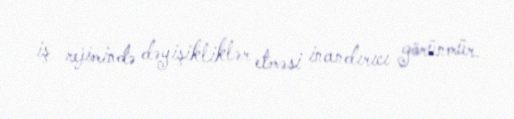
iş rejimində dəyişikliklər etməsi inandırıcı görünmür.